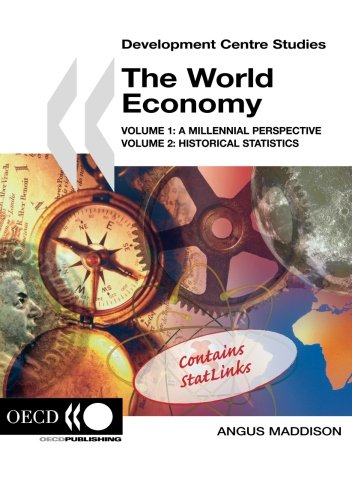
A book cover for The World Economy (Development Centre Studies); Angus Maddison; Business & Money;